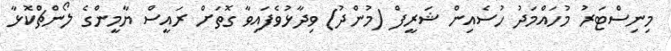
މިނިސްޓަރު މުހައްމަދު ހުސެއިން ޝަރީފް (މުންދު) ވިދާޅުވެފައިވާ ގޮތަށް ރައީސް ޔާމީންގެ ލޯންޗްކޮޅާ